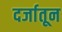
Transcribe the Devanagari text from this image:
दर्जातून